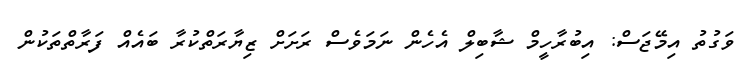
ވަގުތު އިމޭޖަސް: އިބުރާހީމް ޝާބިލް އެހެން ނަމަވެސް ރަށަށް ޒިޔާރަތްކުރާ ބައެއް ފަރާތްތަކުން